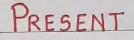
Present